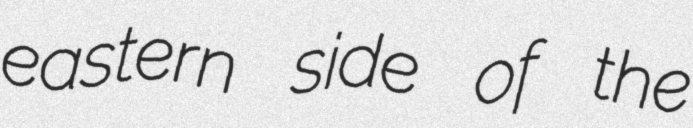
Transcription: eastern side of the